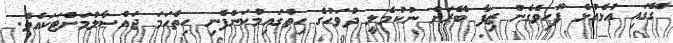
ގޭގައި އުޅެއުޅެ ފޫހިވެގެން ޒިފާ ބޭރަށް ނުކުމެލީ ދުވަހުގެ ހިތްގައިމުކަންފެނި ހިތްހަމަ ޖައްސާލުމަށްޓަކައެވެ.